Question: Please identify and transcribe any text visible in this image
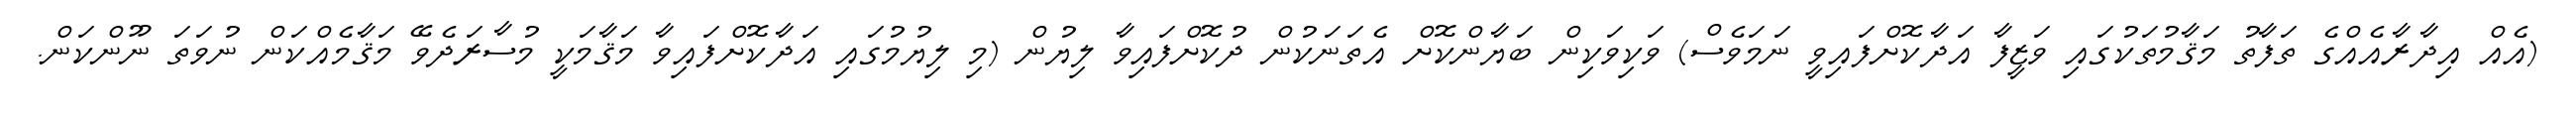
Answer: (އެއް އިދާރާއެއްގެ ތަފާތު މަޤާމުތަކުގައި ވަޒީފާ އަދާކޮށްފައިވީ ނަމަވެސް) ވަކިވަކިން ބަޔާންކޮށް އެތަނަކުން ދުކޮށްފައިވާ ލިޔުން (މި ލިޔުމުގައި އަދާކޮށްފައިވާ މަޤާމަކީ މުސާރަދެވޭ މަޤާމެއްކަން ނުވަތަ ނޫންކަން.